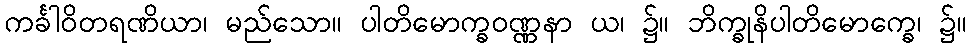
ကင်္ခါဝိတရဏိယာ၊ မည်သော။ ပါတိမောက္ခဝဏ္ဏနာ ယ၊ ၌။ ဘိက္ခုနိပါတိမောက္ခေ၊ ၌။